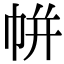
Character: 帡